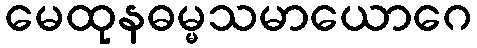
မေထုနဓမ္မသမာယောဂေ